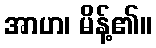
အာဟ၊ မိန့်၏။